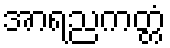
အာရညကတ္တံ